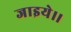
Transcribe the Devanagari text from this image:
जाइये।।